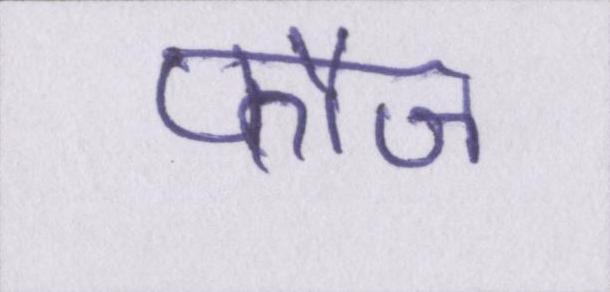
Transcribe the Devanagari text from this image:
फौज